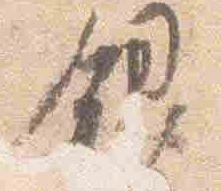
銀